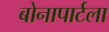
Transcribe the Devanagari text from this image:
बोनापार्टला